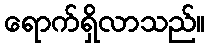
ရောက်ရှိလာသည်။